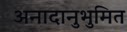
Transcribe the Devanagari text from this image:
अनादानुभुमित